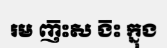
រម ញ៑ះស ង៑ះ ក្នុង